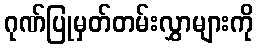
ဂုဏ်ပြုမှတ်တမ်းလွှာများကို